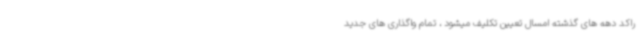
راکد دهه های گذشته امسال تعیین تکلیف میشود ، تمام واگذاری های جدید